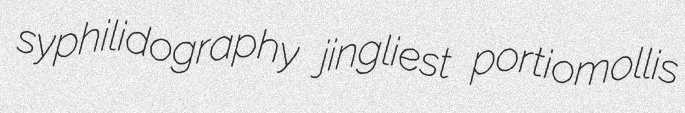
syphilidography jingliest portiomollis